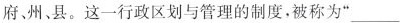
府、州、县。这一行政区划与管理的制度，被称为”___